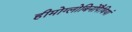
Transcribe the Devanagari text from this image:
हीमोग्लोबिनोपैथियां